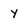
Character: y